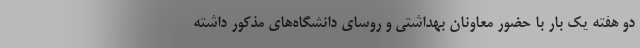
دو هفته یک بار با حضور معاونان بهداشتی و روسای دانشگاه‌های مذکور داشته